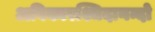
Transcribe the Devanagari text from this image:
अविकारश्चिदानन्दो